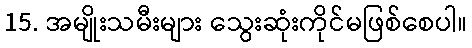
15. အမျိုးသမီးများ သွေးဆုံးကိုင်မဖြစ်စေပါ။